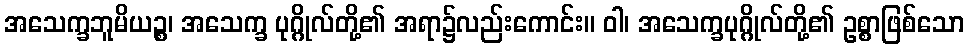
အသေက္ခဘူမိယဉ္စ၊ အသေက္ခ ပုဂ္ဂိုလ်တို့၏ အရာ၌လည်းကောင်း။ ဝါ၊ အသေက္ခပုဂ္ဂိုလ်တို့၏ ဥစ္စာဖြစ်သော